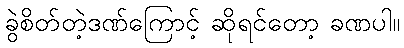
ခွဲစိတ်တဲ့ဒဏ်ကြောင့် ဆိုရင်တော့ ခဏပါ။